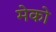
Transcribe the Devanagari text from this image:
मेको